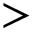
>